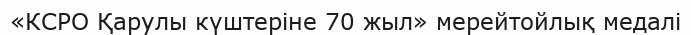
«КСРО Қарулы күштеріне 70 жыл» мерейтойлық медалі